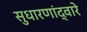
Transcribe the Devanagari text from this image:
सुधारणांद्वारे